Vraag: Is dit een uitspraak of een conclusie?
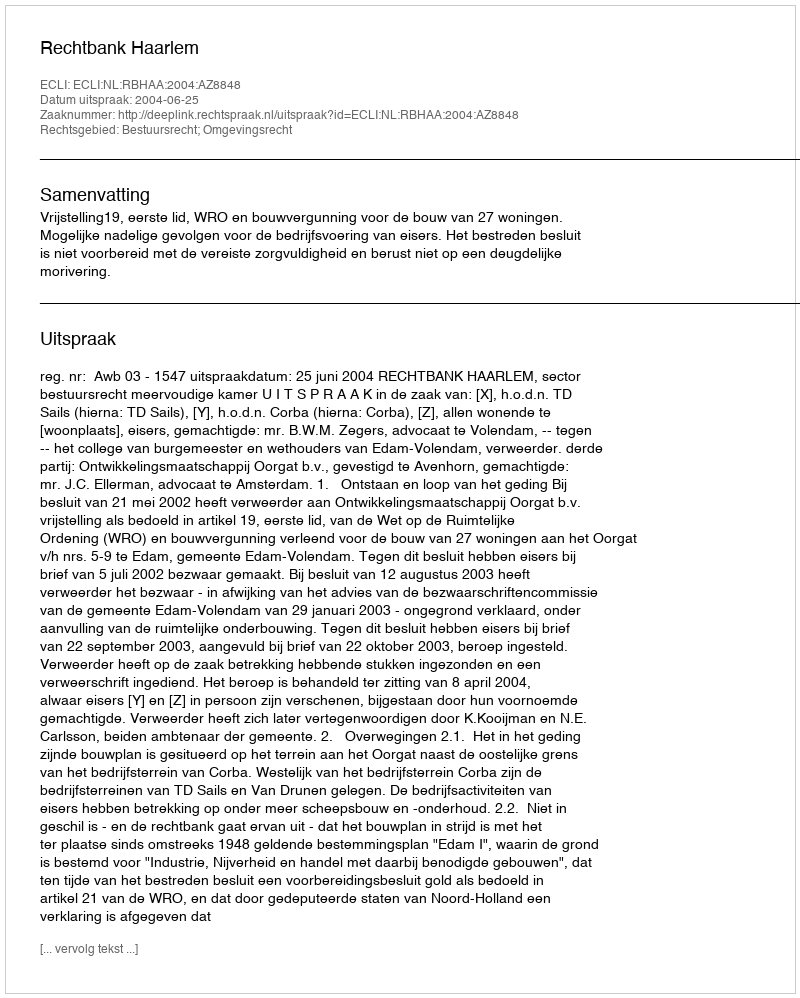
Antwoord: Uitspraak